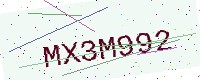
Text: MX3M992